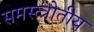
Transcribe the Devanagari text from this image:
समस्त्त्रोतीय